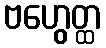
ဗဟွေတ္ထ